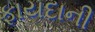
ફાયદાની